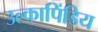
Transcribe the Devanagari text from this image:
उल्कापिंडिय